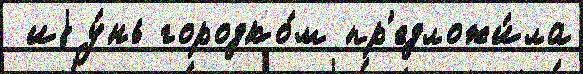
 иjу́нь городко́м пр'едложи́ла